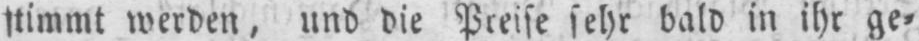
stimmt werden, und die Preise sehr bald in ihr ge⸗